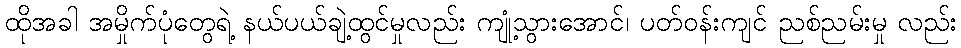
ထိုအခါ အမှိုက်ပုံတွေရဲ့ နယ်ပယ်ချဲ့ထွင်မှုလည်း ကျုံ့သွားအောင်၊ ပတ်ဝန်းကျင် ညစ်ညမ်းမှု လည်း